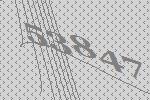
53847